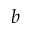
b